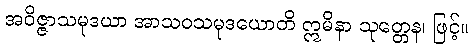
အဝိဇ္ဇာသမုဒယာ အာသဝသမုဒယောတိ ဣမိနာ သုတ္တေန၊ ဖြင့်။